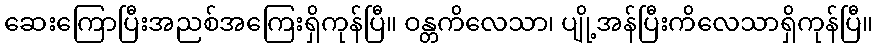
ဆေးကြောပြီးအညစ်အကြေးရှိကုန်ပြီ။ ဝန္တကိလေသာ၊ ပျို့အန်ပြီးကိလေသာရှိကုန်ပြီ။